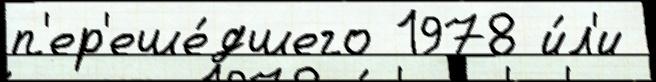
п'ер'еше́дшего 1978 и́л'и